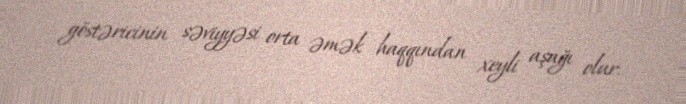
göstəricinin səviyyəsi orta əmək haqqından xeyli aşağı olur.